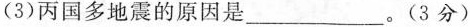
(3)丙国多地震的原因是_________。(3分)